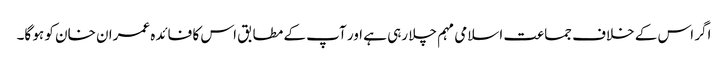
اگر اس کے خلاف جماعت اسلامی مہم چلا رہی ہے اور آپ کے مطابق اس کا فائدہ عمران خان کو ہو گا۔